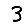
Digit: 3